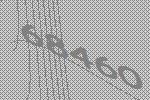
68460